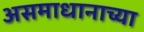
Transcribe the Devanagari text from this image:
असमाधानाच्या